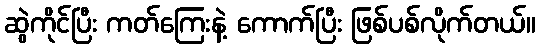
ဆွဲကိုင်ပြီး ကတ်ကြေးနဲ့ ကောက်ပြီး ဖြစ်ပစ်လိုက်တယ်။